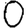
Digit: 0